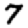
Digit: 7